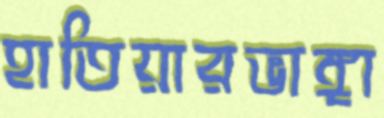
হাতিয়ারভাঙ্গা